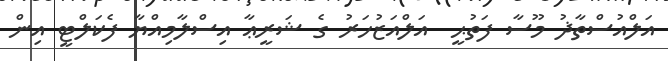
އަލްއުސްތާޛު މޫސާ ފަތުޙީ  އަލްއަޒުހަރު ގެ ޝަރީޢާ އިސްލާމިއްޔާ ފެކަލްޓީ އިން